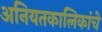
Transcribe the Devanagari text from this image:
अनियतकालिकांचे